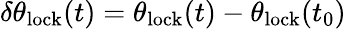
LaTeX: \delta\theta_{\mathrm{lock}}(t)=\theta_{\mathrm{lock}}(t)-\theta_{\mathrm{lock}}(t_{0})